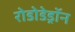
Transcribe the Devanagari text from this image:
रोडोडेड्रॉन